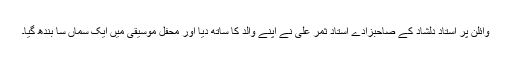
وائلن پر استاد دلشاد کے صاحبزادے استاد ثمر علی نے اپنے والد کا ساتھ دیا اور محفل موسیقی میں ایک سماں سا بندھ گیا۔